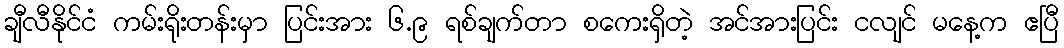
ချီလီနိုင်ငံ ကမ်းရိုးတန်းမှာ ပြင်းအား ၆.၉ ရစ်ချက်တာ စကေးရှိတဲ့ အင်အားပြင်း ငလျင် မနေ့က ဧပြီ